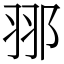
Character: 䣁